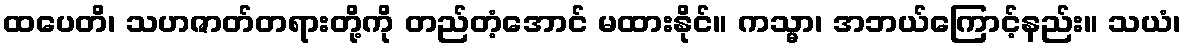
ထပေတိ၊ သဟဇာတ်တရားတို့ကို တည်တံ့အောင် မထားနိုင်။ ကသ္မာ၊ အဘယ်ကြောင့်နည်း။ သယံ၊